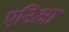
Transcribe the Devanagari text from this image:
एनिआ